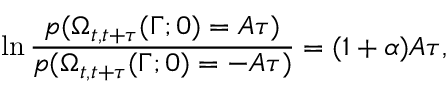
\ln \frac { p ( \Omega _ { t , t + \tau } ( \Gamma ; 0 ) = A \tau ) } { p ( \Omega _ { t , t + \tau } ( \Gamma ; 0 ) = - A \tau ) } = ( 1 + \alpha ) A \tau ,